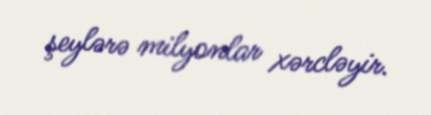
şeylərə milyonlar xərcləyir.